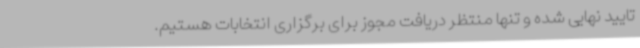
تایید نهایی شده و تنها منتظر دریافت مجوز برای برگزاری انتخابات هستیم.